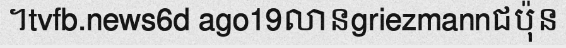
។tvfb.news6d ago19លានgriezmannជប៉ុន